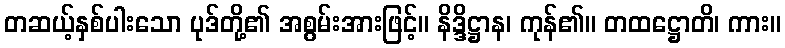
တဆယ့်နှစ်ပါးသော ပုဒ်တို့၏ အစွမ်းအားဖြင့်။ နိဒ္ဒိဋ္ဌာန၊ ကုန်၏။ တထဋ္ဌောတိ၊ ကား။